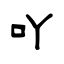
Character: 吖